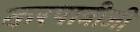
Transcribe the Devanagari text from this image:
करपात्रीजी